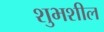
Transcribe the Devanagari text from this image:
शुभशील